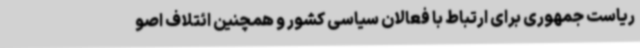
ریاست جمهوری برای ارتباط با فعالان سیاسی کشور و همچنین ائتلاف اصو